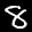
Label: 8